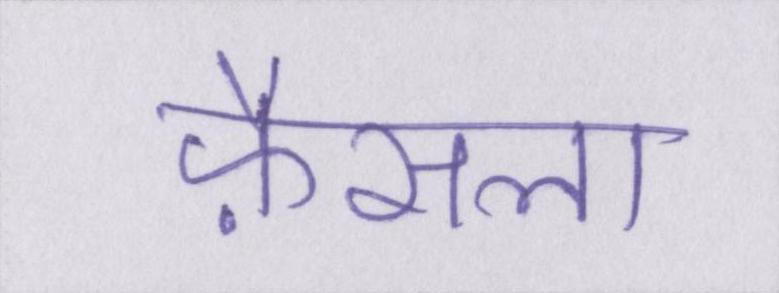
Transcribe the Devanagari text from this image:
फ़ैसला